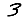
Digit: 3